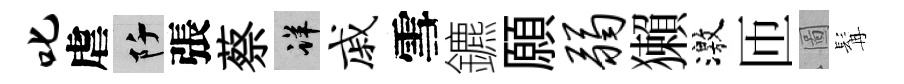
叱虐阡張蔡详戚雪鑣願弱獺激匝圖髯